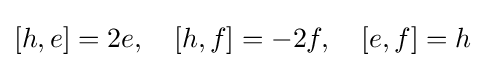
[h,e]=2e,\quad [h,f]=-2f,\quad [e,f]=h